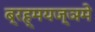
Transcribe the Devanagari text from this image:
ब्रह्मयज्ञमे